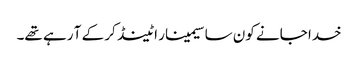
خدا جانے کون سا سیمینار اٹینڈ کر کے آ رہے تھے۔